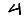
Digit: 4